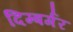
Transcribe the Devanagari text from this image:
दिम्बर्गर